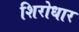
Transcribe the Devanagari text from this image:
शिरोधार